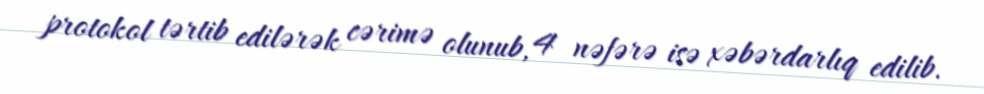
protokol tərtib edilərək cərimə olunub, 4 nəfərə isə xəbərdarlıq edilib.